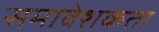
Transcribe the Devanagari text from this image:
समावेशकता